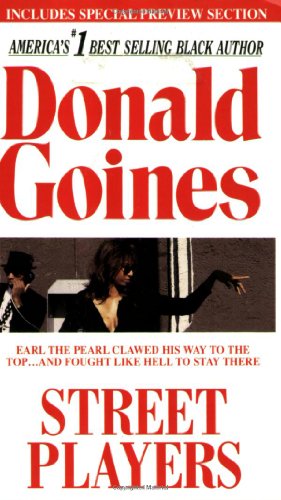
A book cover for Street Players; Donald Goines; Literature & Fiction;